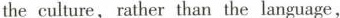
the culture, rather than the language,